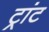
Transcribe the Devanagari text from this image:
ट्रांट